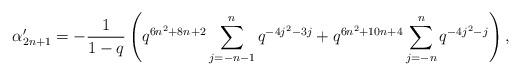
LaTeX: \begin{align*} \alpha'_{2n+1} = -\frac{1}{1-q}\left(q^{6n^2+8n+2}\sum_{j=-n-1}^{n}q^{-4j^2-3j} + q^{6n^2+10n+4}\sum_{j=-n}^{n}q^{-4j^2-j}\right),\end{align*}